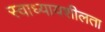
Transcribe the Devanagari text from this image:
स्वाध्यायशीलता